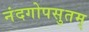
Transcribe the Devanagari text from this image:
नंदगोपसुतम्